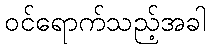
ဝင်ရောက်သည့်အခါ